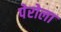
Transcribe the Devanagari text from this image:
पेरोला